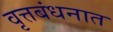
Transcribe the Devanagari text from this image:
वृत्तबंधनात